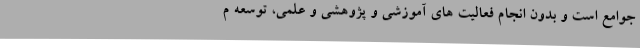
جوامع است و بدون انجام فعالیت های آموزشی و پژوهشی و علمی، توسعه م